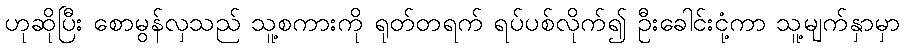
ဟုဆိုပြီး စောမွန်လှသည် သူ့စကားကို ရုတ်တရက် ရပ်ပစ်လိုက်၍ ဦးခေါင်းငုံ့ကာ သူ့မျက်နှာမှာ